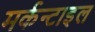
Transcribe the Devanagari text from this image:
मर्कन्टाइल